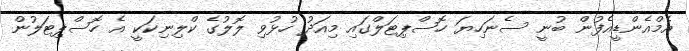
އެމްއެންޑީއެފުން ބުނީ ސެނަހިޔަ ހޮސްޕިޓަލްގައި މިއަދު ހުޅުވި ލޮލުގެ ކްލިނިކަކީ އެ ހޮސްޕިޓަލުން